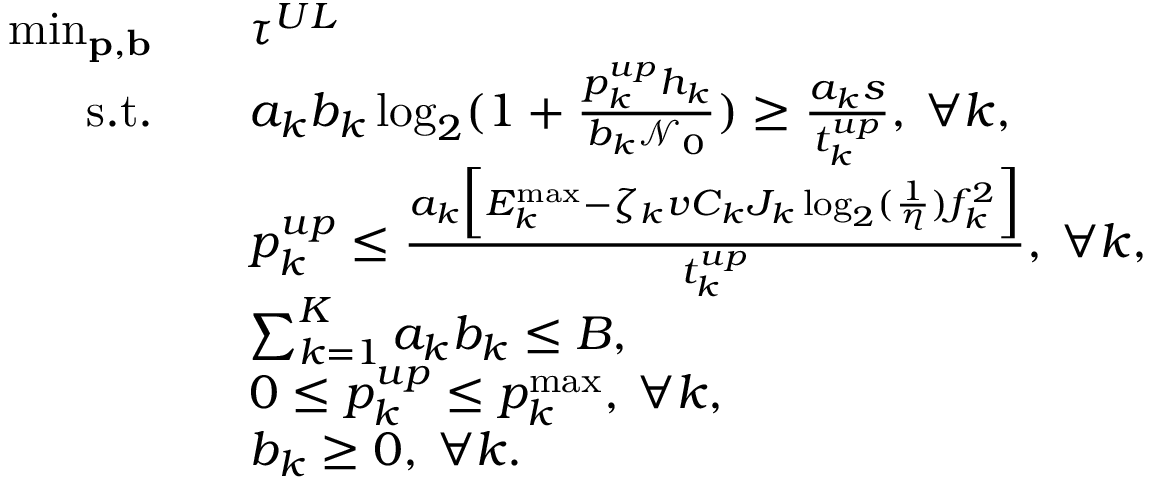
\begin{array} { r l } { \operatorname * { m i n } _ { \mathbf { p } , \mathbf { b } } \quad } & { \tau ^ { U L } } \\ { \mathrm { s . t . } \quad } & { a _ { k } b _ { k } \log _ { 2 } ( 1 + \frac { p _ { k } ^ { u p } h _ { k } } { b _ { k } \mathcal { N } _ { 0 } } ) \geq \frac { a _ { k } s } { t _ { k } ^ { u p } } , \: \forall k , } \\ & { p _ { k } ^ { u p } \leq \frac { a _ { k } \Big [ { { E } } _ { k } ^ { \operatorname* { m a x } } - \zeta _ { k } v C _ { k } J _ { k } \log _ { 2 } ( \frac { 1 } { \eta } ) f _ { k } ^ { 2 } \Big ] } { t _ { k } ^ { u p } } , \: \forall k , } \\ & { \sum _ { k = 1 } ^ { K } a _ { k } b _ { k } \leq { { B } } , } \\ & { 0 \leq p _ { k } ^ { u p } \leq p _ { k } ^ { \operatorname* { m a x } } , \: \forall k , } \\ & { b _ { k } \geq 0 , \: \forall k . } \end{array}